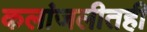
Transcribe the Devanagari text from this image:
कलांजलीतही